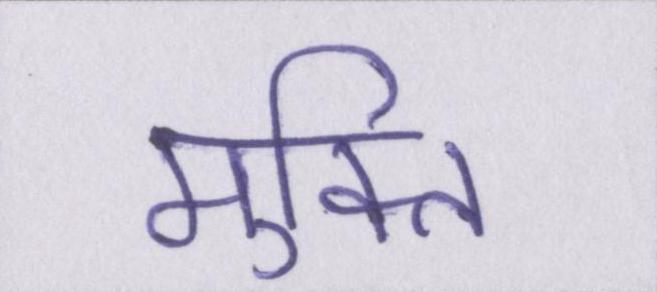
मुक्ति